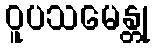
ဝူပသမေန္တု